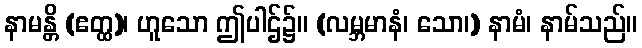
နာမန္တိ (ဧတ္ထ)၊ ဟူသော ဤပါဌ်၌။ (လမ္ဘမာနံ၊ သော၊) နာမံ၊ နာမ်သည်။